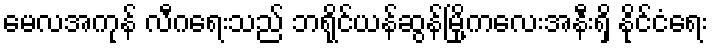
မေလအကုန် လီဂရေးသည် ဘရိုင်ယန်ဆွန်မြို့ကလေးအနီးရှိ နိုင်ငံရေး